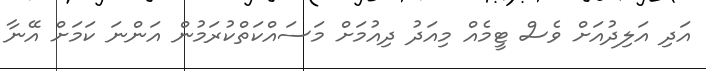
އަދި އަލިދުއަށް ވެސް ޓީމެއް މިއަދު ދިއުމަށް މަސައްކަތްކުރަމުން އަންނަ ކަމަށް އޭނާ